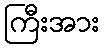
ကြီးအား